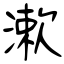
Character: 漱